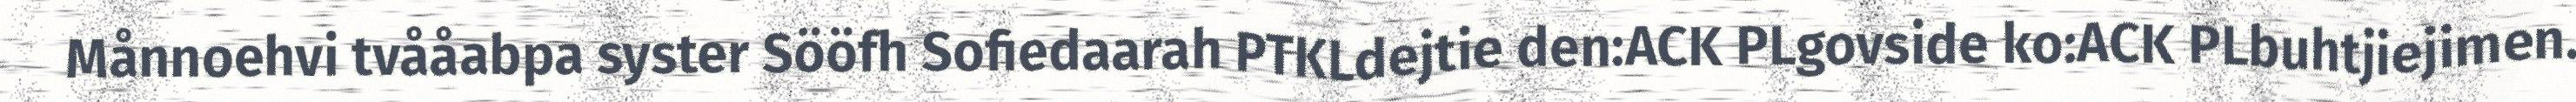
Månnoehvi tvååabpa syster Sööfh Sofiedaarah PTKLdejtie den:ACK PLgovside ko:ACK PLbuhtjiejimen.